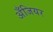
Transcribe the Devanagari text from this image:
अँजियर